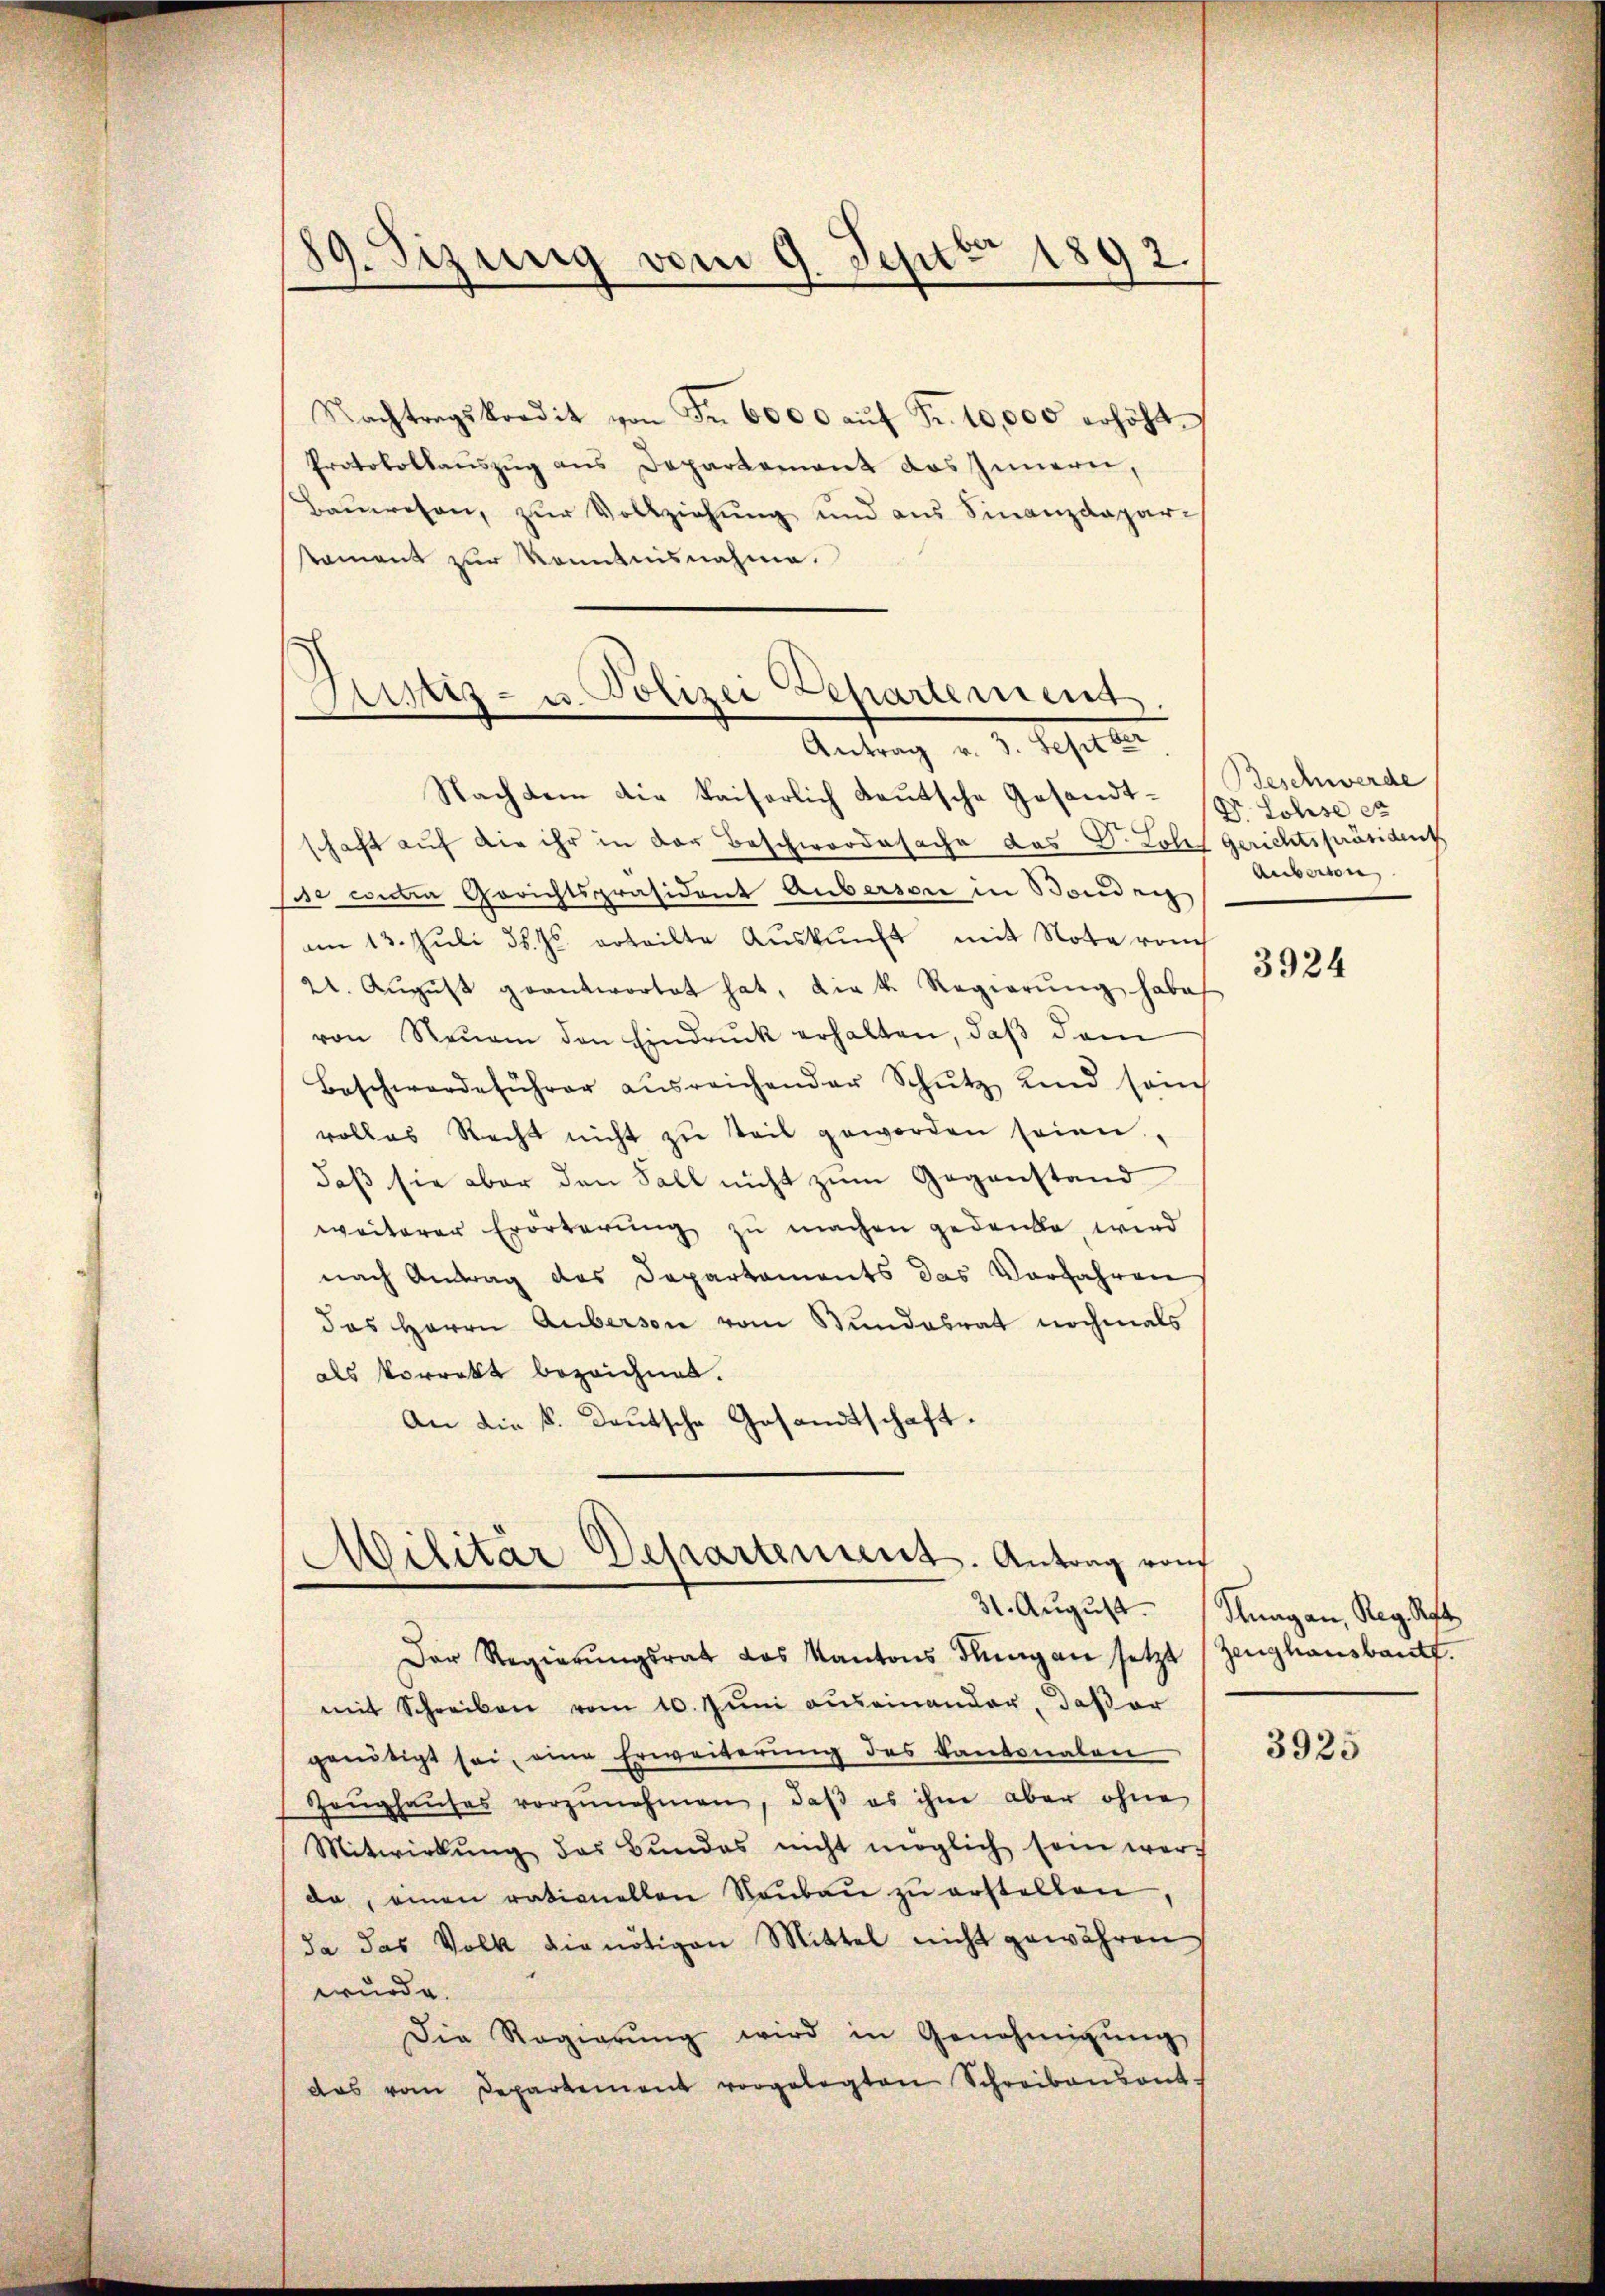
89. Sizung vom 9. Sept 1892.

Aistz- u. Polizei Departement.
Antrag v. 3. Septber

Nachtragskredit von Fr. 6000 aŭf Fr. 10,000 erhöht.
Protokollauszug aus Departement das Innern,
Bauwesen, zur Vollziehung und aus Finanzdeparstament zur Kenntnisnahme.
Nachdem die kaiserlich deutsche Gesandtschaft auf die ihr in der Beschwordesache das Dr. Lolf Gerichtspräsident
se contra Gerichtspräsident Auberson in Bonder
am 13. Juli d. Js. erteilte Auskunft mit Note vom
22. Aŭgŭst geantwortet hat, die k. Regierŭng habe
von Neŭen den Eindruck erhalten, daβ dem
Beschwerdeführer aŭsreichender Schŭtz und sach
volles Recht nicht zŭ teil geworden seien,
daß sie aber den Fall nicht zum Gegenstand
weiterer Erörterung zu machen gedanke wird
nach Antrag des Departaments das Vorfahren
das Herrn Auberson vom Bundesrat nochmals
als Vorrekt bezeichnet.
An die k. Deutsche Gesandtschaft.

)
Militär Departement. Antrag von

Beschwerde
Dr Lohse et
Arbeiten

Der Regierŭngsrat des Kantons Flŭng an setzt (Zeŭghaŭsbaŭt.
mit Schreiben vom 10. Juni auseinander, daß er
genötigt sei, eine Erweiterung des Kantonalen
Zeŭghaŭses vorzŭnehmen, daß es ihme aber ohne
Mitwirkŭng des Bŭndes nicht möglich sein werf
da, einen rationellen Raŭbaŭ zŭ erstellen
da das Volk die nötigen Mittel nicht gewähren
wurde.
Die Regierŭng wird in Genehmigŭng
das vom Departement vorgelegten Schreibensant.

3924

31. August. Klagan, Reg. Rot

3925